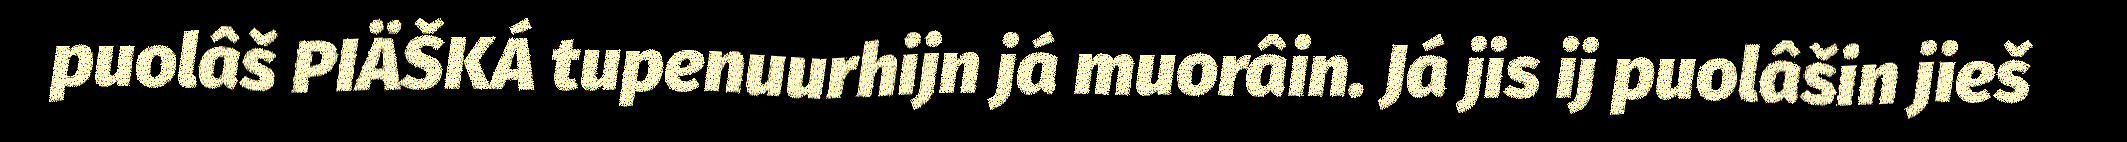
puolâš PIÄŠKÁ tupenuurhijn já muorâin. Já jis ij puolâšin jieš